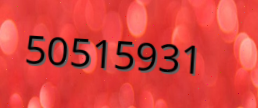
50515931